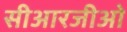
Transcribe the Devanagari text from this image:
सीआरजीओ